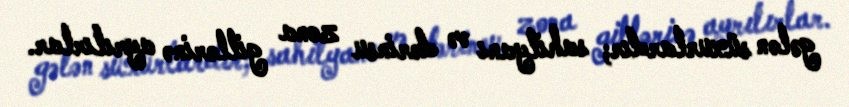
gələn süxurlardır; sahilyanı və dərinsu zona gillərinə ayrılırlar.